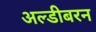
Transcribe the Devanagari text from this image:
अल्डीबरन